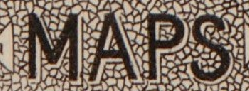
MAPS